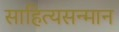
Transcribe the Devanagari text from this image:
साहित्यसन्मान